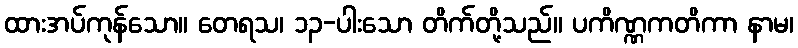
ထားအပ်ကုန်သော။ တေရသ၊ ၁၃-ပါးသော တိက်တို့သည်။ ပကိဏ္ဏကတိကာ နာမ၊